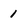
Character: 1